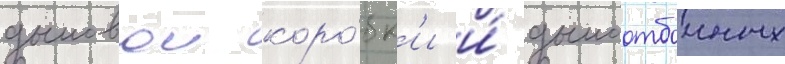
дымовои коро́бк'и и́ дымоотбоиных